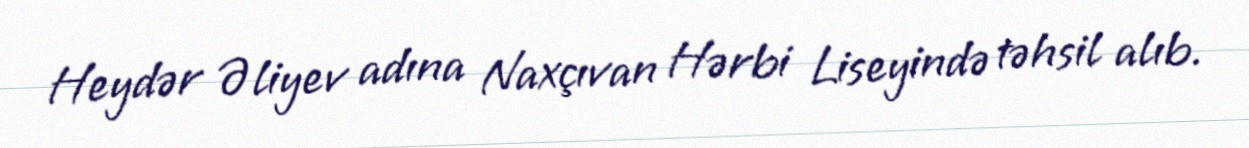
Heydər Əliyev adına Naxçıvan Hərbi Liseyində təhsil alıb.